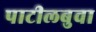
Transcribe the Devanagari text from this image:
पाटीलबुवा